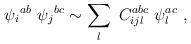
LaTeX: \begin{align*}{\psi_i}^{ab} \ {\psi_j}^{bc} \sim \sum_l \ C_{ijl}^{abc} \ \psi_l^{ac} \ ,\end{align*}